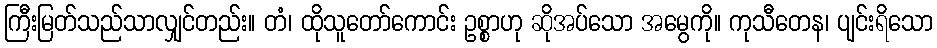
ကြီးမြတ်သည်သာလျှင်တည်း။ တံ၊ ထိုသူတော်ကောင်း ဥစ္စာဟု ဆိုအပ်သော အမွေကို။ ကုသီတေန၊ ပျင်းရိသော